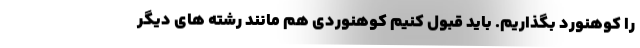
را کوهنورد بگذاریم. باید قبول کنیم کوهنوردی هم مانند رشته های دیگر